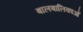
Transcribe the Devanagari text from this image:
बालबालिकाओं